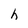
Character: h